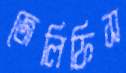
জেলিফিস